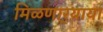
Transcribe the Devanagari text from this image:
मिळणार्‍याया